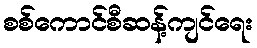
စစ်ကောင်စီဆန့်ကျင်ရေး